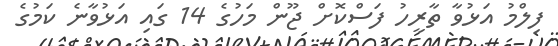
ފިލްމު އަޅުވާ ތާރީހު ފަސްކޮށް ޖޫން މަހުގެ 14 ގައި އަޅުވާނެ ކަމުގެ